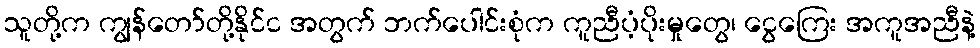
သူတို့က ကျွန်တော်တို့နိုင်င အတွက် ဘက်ပေါင်းစုံက ကူညီပံ့ပိုးမှုတွေ၊ ငွေကြေး အကူအညီနဲ့